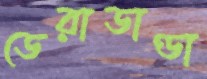
ডেরাডাণ্ডা